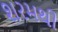
શરમથી